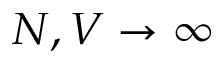
N , V \to \infty